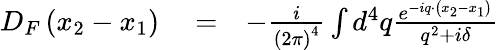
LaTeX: \begin{array}{rlr}{D_{F}\left(x_{2}-x_{1}\right)}&{{}=}&{-\frac{i}{\left(2\pi\right)^{4}}\int d^{4}q\frac{e^{-iq\cdot\left(x_{2}-x_{1}\right)}}{q^{2}+i\delta}}\end{array}